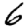
Digit: 6